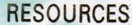
RESOURCES